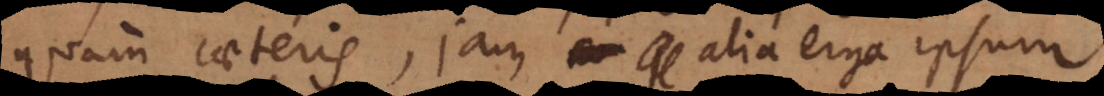
quam caeteris, jam alia erga ipsum